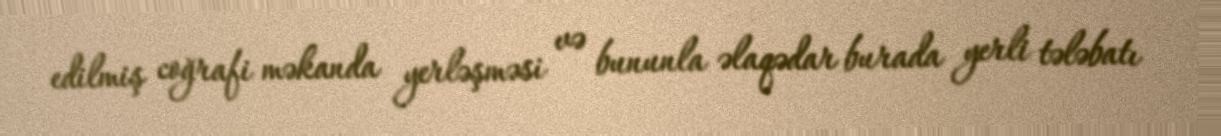
edilmiş coğrafi məkanda yerləşməsi və bununla əlaqədar burada yerli tələbatı